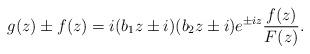
LaTeX: \begin{align*}g(z)\pm f(z)=i(b_{1}z\pm i)(b_{2}z\pm i)e^{\pm iz}\frac{f(z)}{F(z)}.\end{align*}